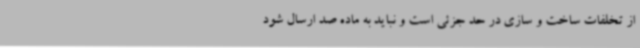
از تخلفات ساخت و سازی در حد جزئی است و نباید به ماده صد ارسال شود